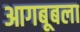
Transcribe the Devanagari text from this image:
आगबूबला